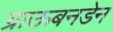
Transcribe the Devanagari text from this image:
ग्राऊबनडेन